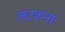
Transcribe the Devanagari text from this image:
लटकना।